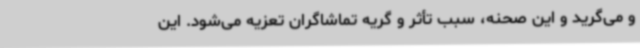
و می‌گرید و این صحنه، سبب تأثر و گریه تماشاگران تعزیه می‌شود. این